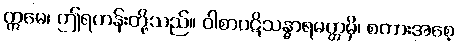
ဣမေ၊ ဤရဟန်းတို့သည်။ ဝါစာပဋိသန္ဓာရမတ္တမှိ၊ စကားအစေ့